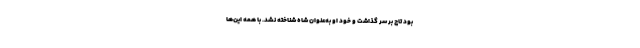
بود تاج بر سر گذاشت و خود او به‌عنوان شاه شناخته نشد. با همه این‌ها